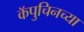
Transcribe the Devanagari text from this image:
कॅपुचिनच्या